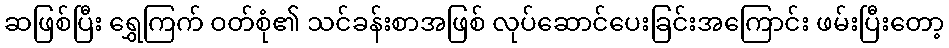
ဆဖြစ်ပြီး ရွှေကြက် ဝတ်စုံ၏ သင်ခန်းစာအဖြစ် လုပ်ဆောင်ပေးခြင်းအကြောင်း ဖမ်းပြီးတော့